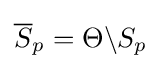
{\overline {S}}_{p}=\Theta \backslash S_{p}